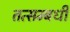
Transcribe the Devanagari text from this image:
तत्सम्बधी